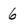
Character: 6